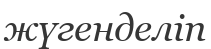
жүгенделіп